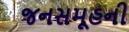
જનસમૂહની